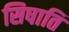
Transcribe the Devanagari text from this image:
सिषाति